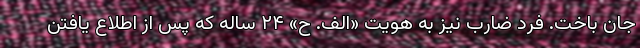
جان باخت. فرد ضارب نیز به هویت «الف. ح» ۲۴ ساله که پس از اطلاع یافتن